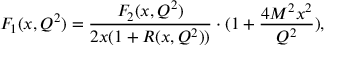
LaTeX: F _ { 1 } ( x , Q ^ { 2 } ) = \frac { F _ { 2 } ( x , Q ^ { 2 } ) } { 2 x ( 1 + R ( x , Q ^ { 2 } ) ) } \cdot ( 1 + \frac { 4 M ^ { 2 } x ^ { 2 } } { Q ^ { 2 } } ) ,